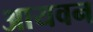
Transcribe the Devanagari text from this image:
आयवन